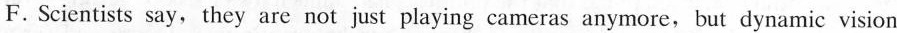
F.Scientists say, they are not just playing cameras anymore, but dynamic vision